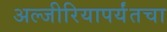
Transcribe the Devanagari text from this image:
अल्जीरियापर्यंतचा